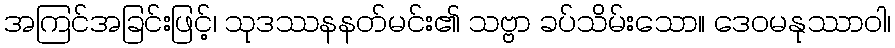
အကြင်အခြင်းဖြင့်၊ သုဒဿနနတ်မင်း၏ သဗ္ဗာ ခပ်သိမ်းသော။ ဒေဝမနုဿာဝါ၊